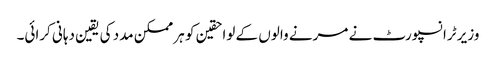
وزیر ٹرانسپورٹ نے مرنے والوں کے لواحقین کو ہر ممکن مدد کی یقین دہانی کرائی۔